Newspaper: The Anderson intelligencer. [volume]
Place of publication: Anderson Court House, S.C.
Publisher: J.C.C. Featherston and James A. Hoyt
Date: 1865-04-27 00:00:00
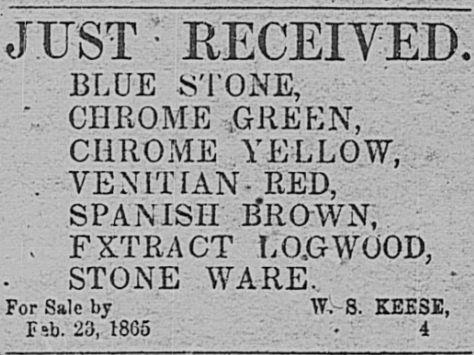
Advertisement text (OCR):
BLUE iSTONE, ' CHROME .GREEN, CHROME YELLOW, . VEX THAN - RED, SPANISH gROWN ; FXTRACT LO-GWOOD STONE WARE. Sale by W. S. KEESE, Ftb. 23, 1865 . 4
Label: text-only